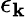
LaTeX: \epsilon_{\mathbf{k}}